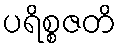
ပရိစ္စဇတိ